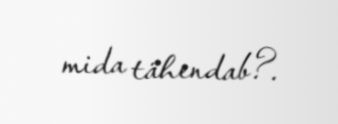
mida tähendab?.